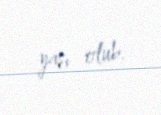
yaşı olub.